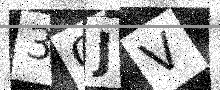
Text: 3OJV